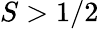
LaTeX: S>1/2